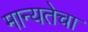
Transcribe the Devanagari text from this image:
मान्यतेचा